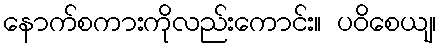
နောက်စကားကိုလည်းကောင်း။ ပဝိစေယျ၊